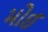
મોઈ